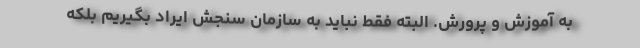
به آموزش و پرورش. البته فقط نباید به سازمان سنجش ایراد بگیریم بلکه